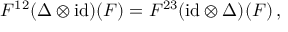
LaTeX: F ^ { 1 2 } ( \Delta \otimes \mathrm { i d } ) ( F ) = F ^ { 2 3 } ( \mathrm { i d } \otimes \Delta ) ( F ) \, ,